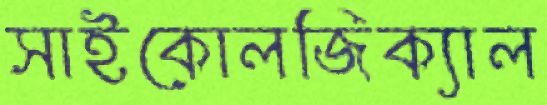
সাইকোলজিক্যাল